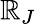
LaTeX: \mathbb{R}_{J}